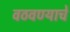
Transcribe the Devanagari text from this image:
वठवण्याचे